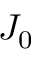
J _ { 0 }